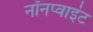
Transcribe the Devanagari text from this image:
नॉनप्वाइंट